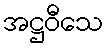
အဋ္ဌဝီသေ